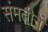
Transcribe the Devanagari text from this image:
संमतीनें